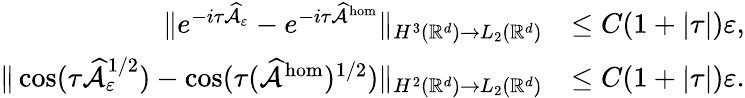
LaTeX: \begin{array}{rl}{\| e^{-i\tau\widehat{\mathcal{A}}_{\varepsilon}}-e^{-i\tau\widehat{\mathcal{A}}^{\mathrm{hom}}}\| _{H^{3}(\mathbb{R}^{d})\to L_{2}(\mathbb{R}^{d})}}&{\le C(1+|\tau|)\varepsilon,}\\ {\| \cos(\tau\widehat{\mathcal{A}}_{\varepsilon}^{1/2})-\cos(\tau(\widehat{\mathcal{A}}^{\mathrm{hom}})^{1/2})\| _{H^{2}(\mathbb{R}^{d})\to L_{2}(\mathbb{R}^{d})}}&{\le C(1+|\tau|)\varepsilon.}\end{array}